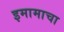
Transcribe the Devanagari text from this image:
इमामाचा